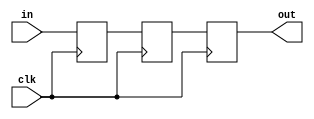
module nonblocking(in, clk, out);
    input in, clk;
    output out;
    reg q1, q2, out;

    always @ (posedge clk)
        begin
            q1 <= in;
            q2 <= q1;
            out <= q2;

        end

endmodule


module blocking(in, clk, out);
    input in, clk;
    output out;
    reg q1, q2, out;

    always @ (posedge clk)
        begin
            q1 = in;
            q2 = q1;
            out = q2;
        end

endmodule